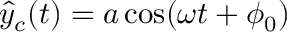
\hat { y } _ { c } ( t ) = a \cos ( \omega t + \phi _ { 0 } )